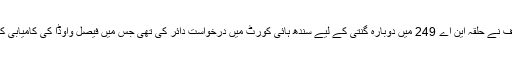
پاکستان مسلم لیگ (ن) کے صدر شہباز شریف نے حلقہ این اے 249 میں دوبارہ گنتی کے لیے سندھ ہائی کورٹ میں درخواست دائر کی تھی جس میں فیصل واوڈا کی کامیابی کا نوٹیفکیشن روکنے کی استدعا کی گئی ہے۔